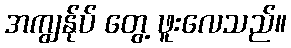
အကျွန်ုပ် တွေ့ ဖူးလေသည်။